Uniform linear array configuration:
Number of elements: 24
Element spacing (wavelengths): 0.25
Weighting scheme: kaiser
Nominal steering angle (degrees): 15
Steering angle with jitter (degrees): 14.284
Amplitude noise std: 0.05
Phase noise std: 0.05

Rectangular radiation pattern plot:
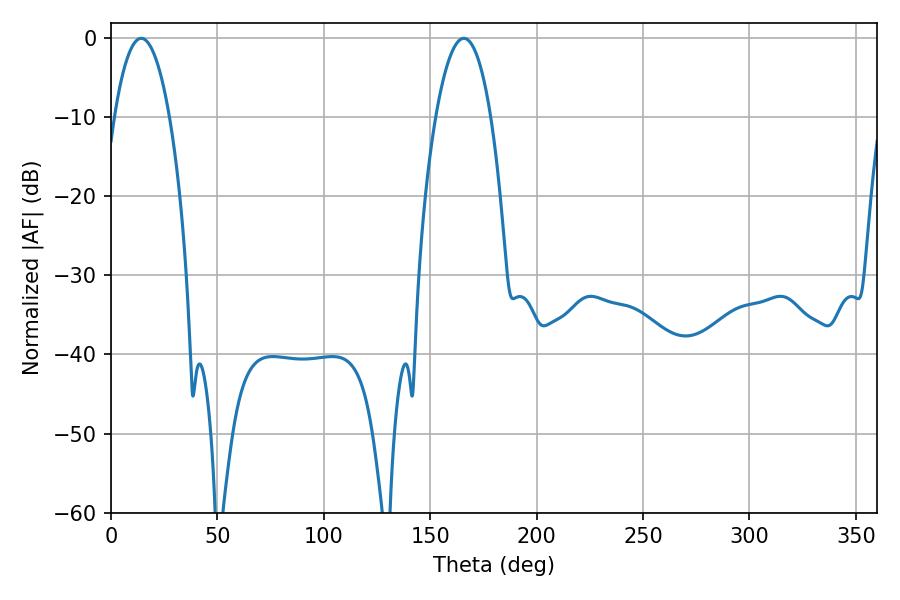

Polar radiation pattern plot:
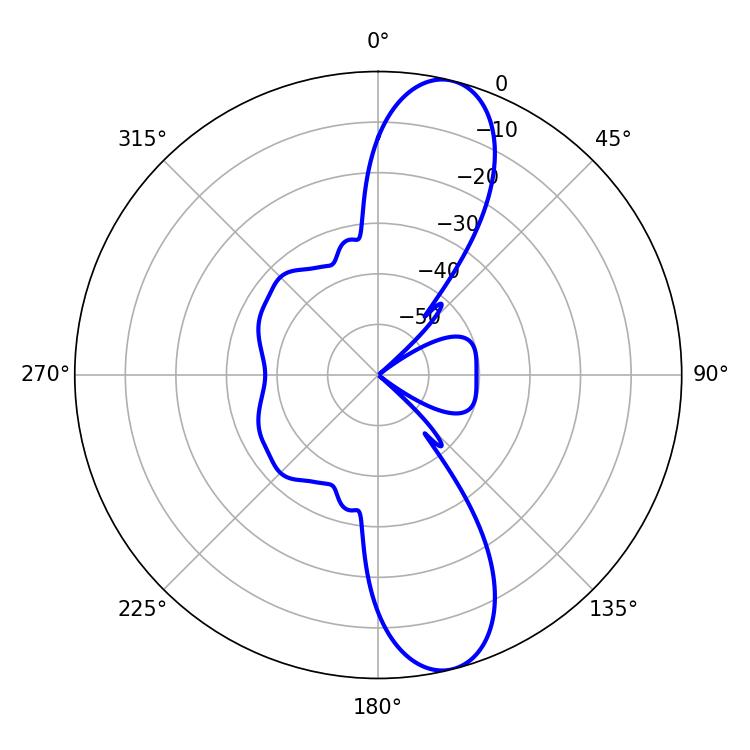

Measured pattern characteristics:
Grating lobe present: FALSE
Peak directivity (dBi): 11.821
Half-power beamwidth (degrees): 14.22
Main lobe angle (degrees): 14.22